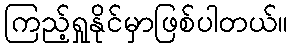
ကြည့်ရှုနိုင်မှာဖြစ်ပါတယ်။